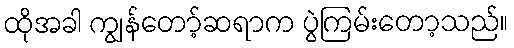
ထိုအခါ ကျွန်တော့်ဆရာက ပွဲကြမ်းတော့သည်။